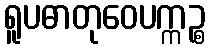
ရူပဓာတုဝေပက္ကဉ္စ